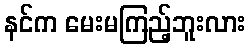
နင်က မေးမကြည့်ဘူးလား